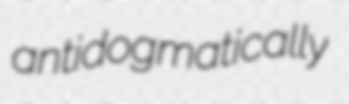
antidogmatically